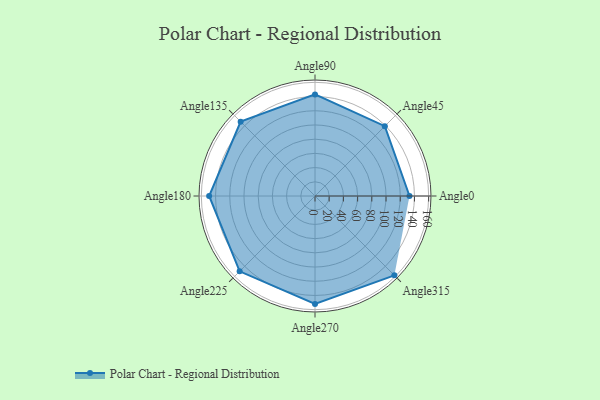
{"axis": {"x": "Angle", "y": "Radius"}, "legend": [""], "data": [{"x": "Angle0", "y": 133.0, "type": ""}, {"x": "Angle45", "y": 139.0, "type": ""}, {"x": "Angle90", "y": 143.0, "type": ""}, {"x": "Angle135", "y": 148.0, "type": ""}, {"x": "Angle180", "y": 149.0, "type": ""}, {"x": "Angle225", "y": 150.0, "type": ""}, {"x": "Angle270", "y": 152.0, "type": ""}, {"x": "Angle315", "y": 158.0, "type": ""}]}